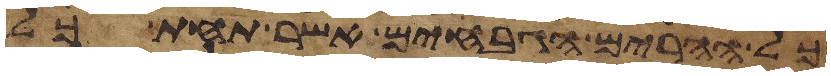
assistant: כל ההרים הגבחים אשר תחת כל